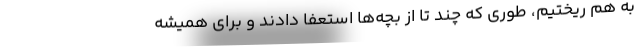
به هم ریختیم، طوری که چند تا از بچه‌ها استعفا دادند و برای همیشه